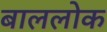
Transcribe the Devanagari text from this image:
बाललोक